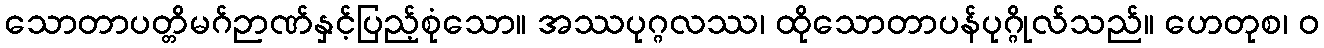
သောတာပတ္တိမဂ်ဉာဏ်နှင့်ပြည့်စုံသော။ အဿပုဂ္ဂလဿ၊ ထိုသောတာပန်ပုဂ္ဂိုလ်သည်။ ဟေတုစ၊ ဝ